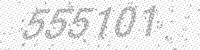
Solution: 555101